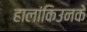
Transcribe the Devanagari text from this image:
हालांकिउनके